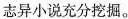
志异小说充分挖掘